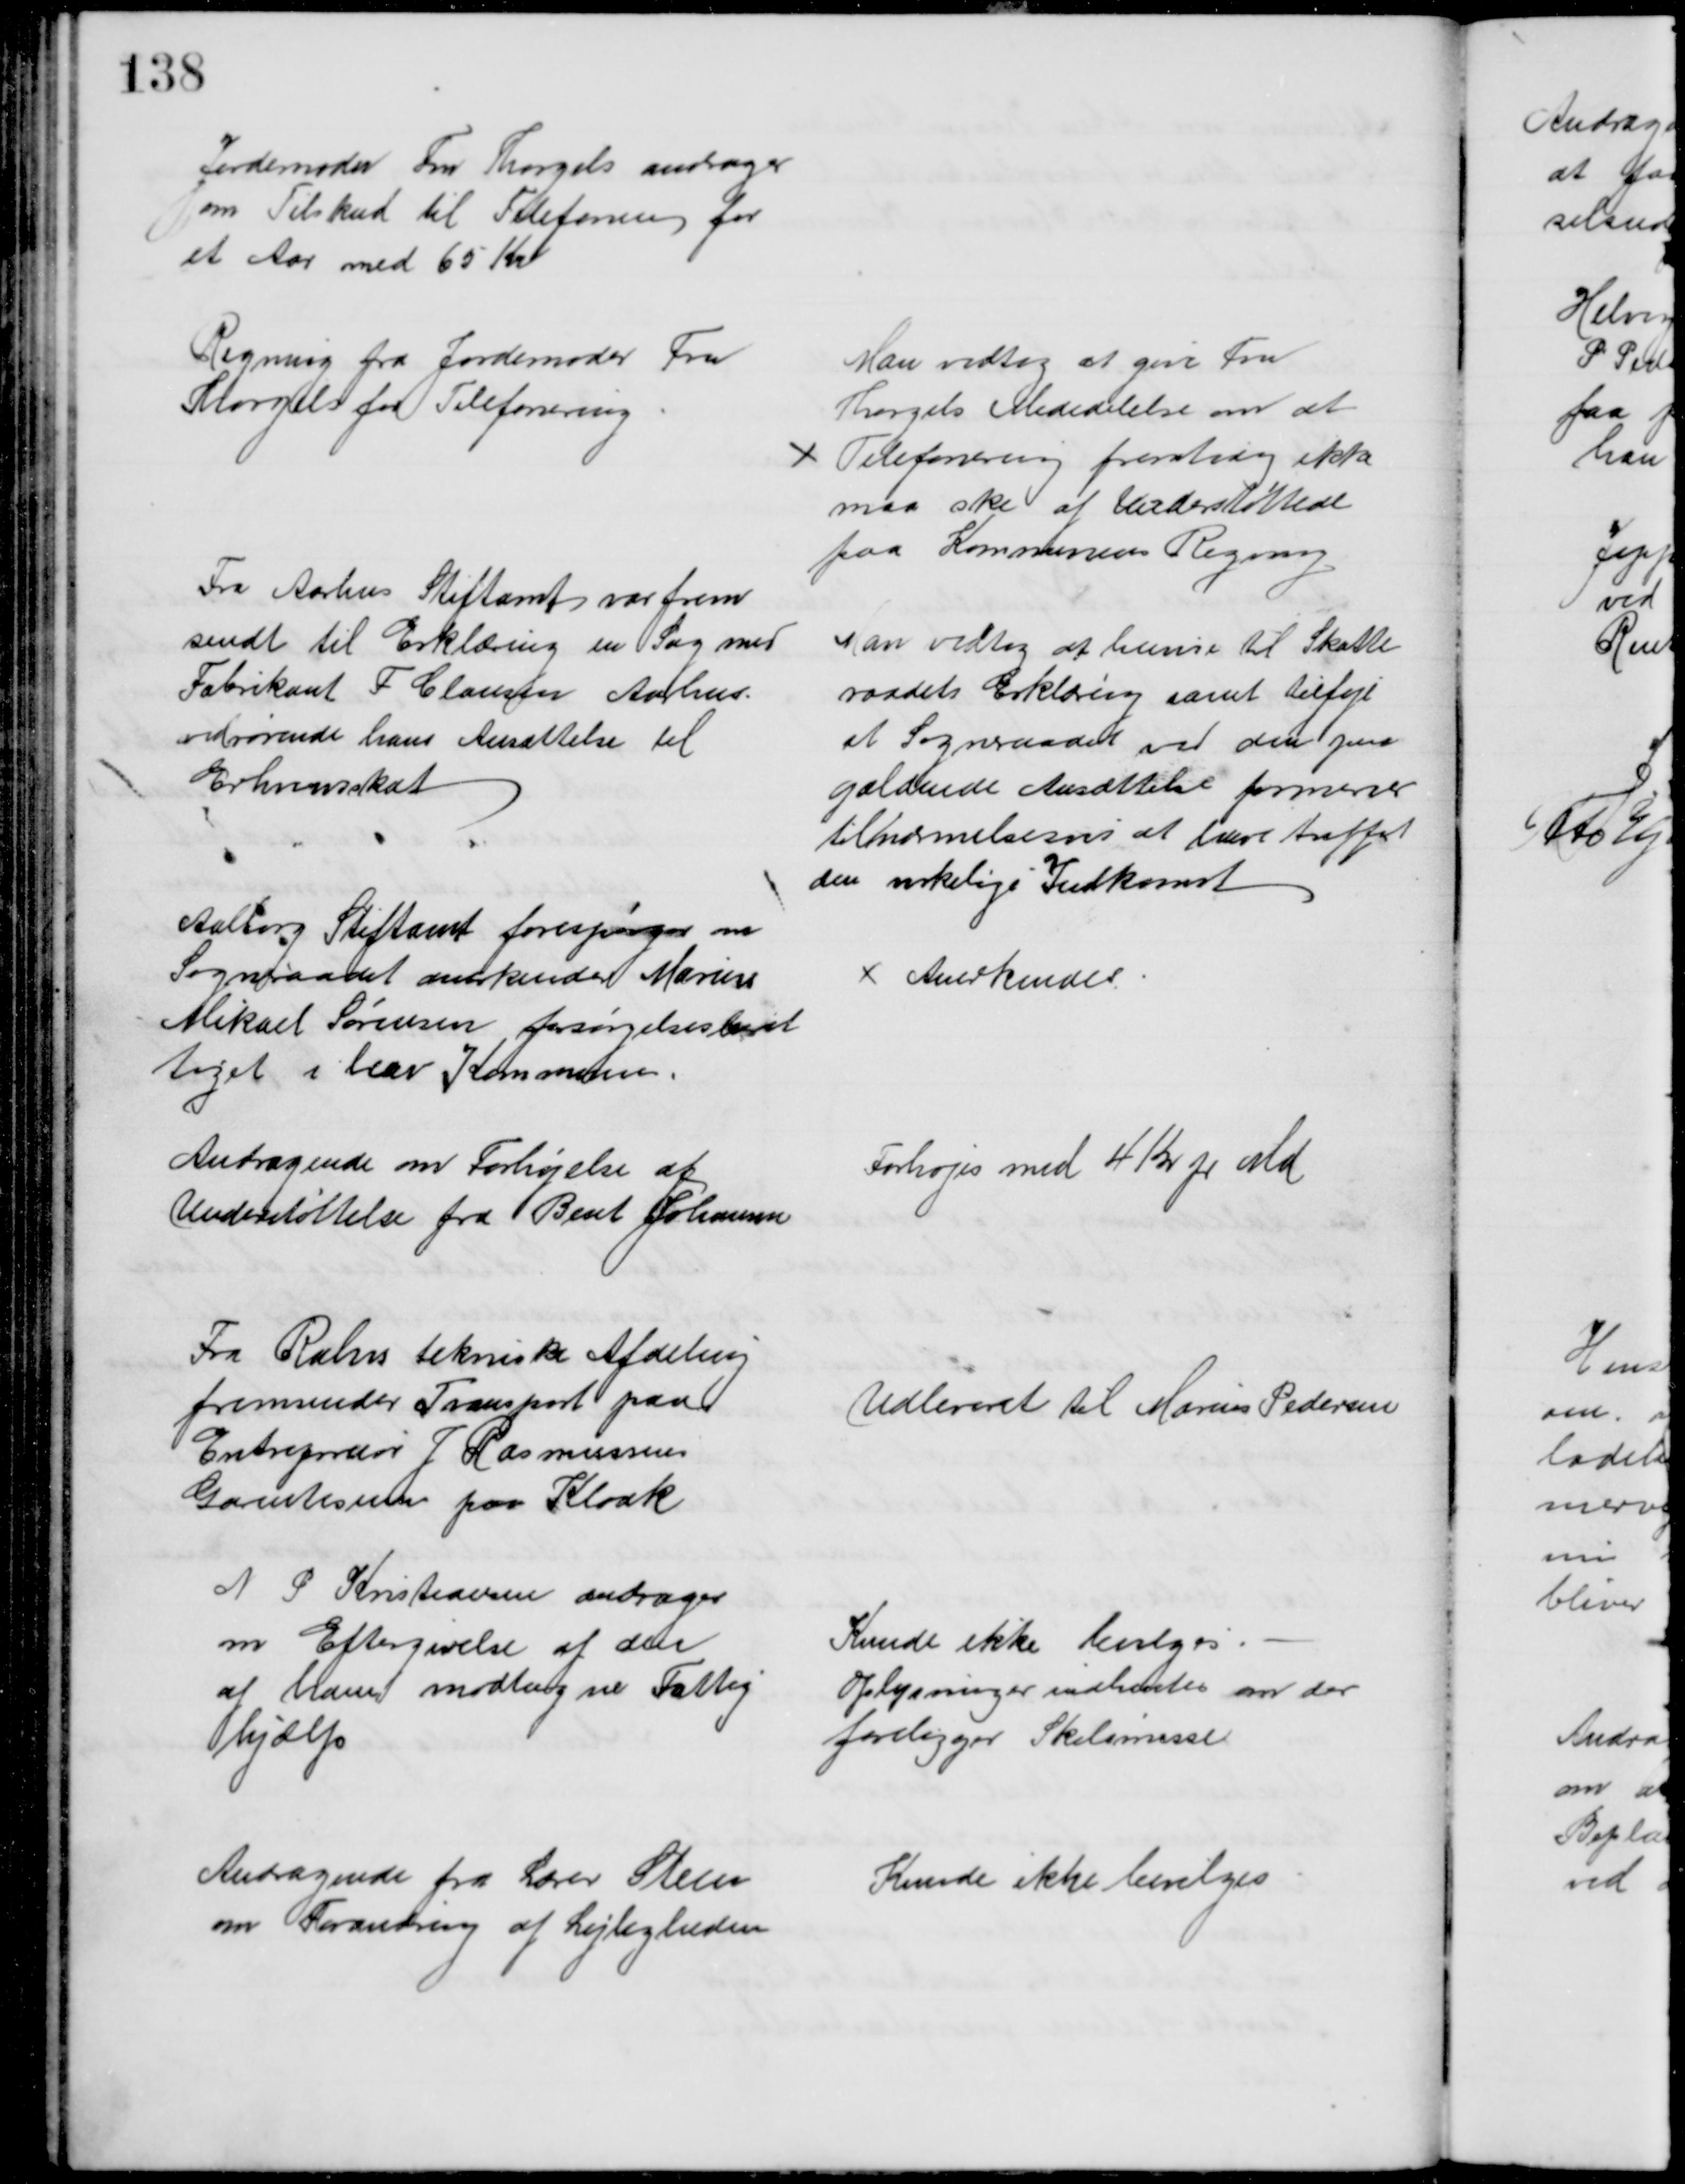
Transskription:
Jordemoder Fru Thorgils andrager
om Tilskud til Telefonen for
et Aar med 65 Kr
Regning fra Jordemoder Fru 
Thorgils for Telefonering
Man vedtog at give Fru
Thorgils Meddelelse om at
Telefonering fremtidig ikke
maa ske af Understøttede
paa Kommunens Regning
Fra Aarhus Stiftamt var frem
sendt til Erklæring en Sag med
Fabrikant F Clausen Aarhus.
vedrørende hans Ansættelse til
Erhvervsskat
Man vedtog at henvise til Skatte
raadets Erklæring samt tilføje 
at Sogneraadet ved den paa
gældende Ansættelse formener
tilnærmelsesvis at have truffet
den virkelige Indkomst
Aalborg Stiftamt forespørger om 
Sogneraadet anerkender Marius
Mikael Sørensen forsørgelsesberet
tiget i herv Kommune.
Anerkendes
Andragende om Forhøjelse af 
Understøttelse fra Bent Johansen
Forhøjes med 4 Kr pr Md 
Fra Rahrs tekniske Afdeling
fremsender Transport paa
Entreprenør J Rasmussens
Garantisum paa Kloak
Udleveret til Marius Pedersen
N P Kristiansen andrager
om Eftergivelse af den
af ham modtagne Fattig
hjælp
Kunde ikke bevilges.
Oplysninger indhentes om der
foreligger Skilsmisse
Andragende fra Lærer Steen
om Forandring af Lejligheden
Kunde ikke bevilges